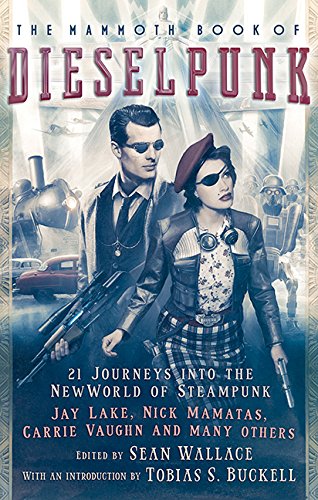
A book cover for The Mammoth Book of Dieselpunk; Science Fiction & Fantasy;